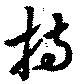
持